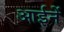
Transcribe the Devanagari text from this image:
आईनें